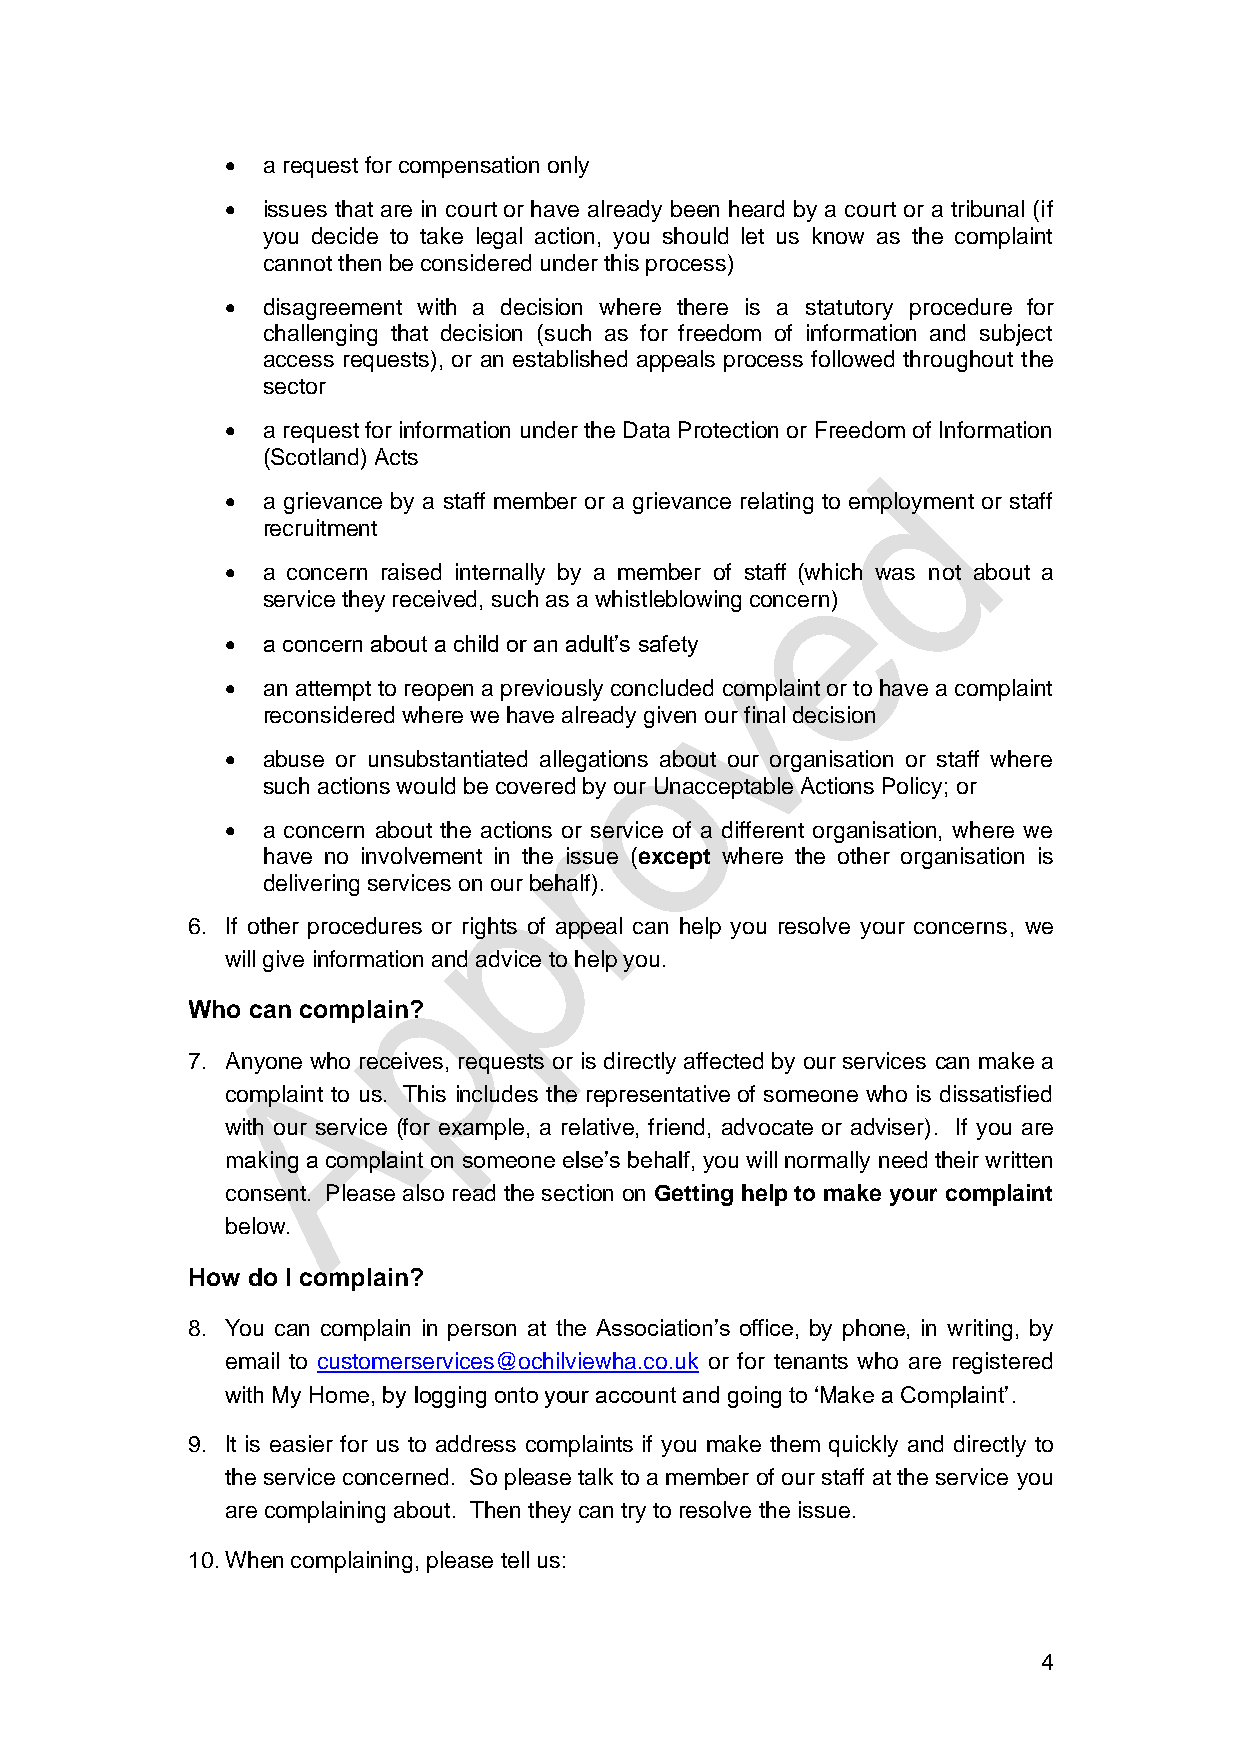
 a request for compensation only
  issues that are in court or have already been heard by a court or a tribunal (if
 you decide to take legal action, you should let us know as the complaint
 cannot then be considered under this process)
  disagreement with a decision where there is a statutory procedure for
 challenging that decision (such as for freedom of information and subject
 access requests), or an established appeals process followed throughout the
 sector
  a request for information under the Data Protection or Freedom of Information
 (Scotland) Acts
  a grievance by a staff member or a grievance relating to employment or staff
 recruitment
  a concern raised internally by a member of staff (which was not about a
 service they received, such as a whistleblowing concern)
  a concern about a child or an adult’s safety
  an attempt to reopen a previously concluded complaint or to have a complaint
 reconsidered where we have already given our final decision
  abuse or unsubstantiated allegations about our organisation or staff where
 such actions would be covered by our Unacceptable Actions Policy; or
  a concern about the actions or service of a different organisation, where we
 have no involvement in the issue (except where the other organisation is
 delivering services on our behalf).
 6. If other procedures or rights of appeal can help you resolve your concerns, we
 will give information and advice to help you.
 Who can complain?
 7. Anyone who receives, requests or is directly affected by our services can make a
 complaint to us. This includes the representative of someone who is dissatisfied
 with our service (for example, a relative, friend, advocate or adviser). If you are
 making a complaint on someone else’s behalf, you will normally need their written
 consent. Please also read the section on Getting help to make your complaint
 below.
 How do I complain?
 8. You can complain in person at the Association’s office, by phone, in writing, by
 email to customerservices@ochilviewha.co.uk or for tenants who are registered
 with My Home, by logging onto your account and going to ‘Make a Complaint’.
 9. It is easier for us to address complaints if you make them quickly and directly to
 the service concerned. So please talk to a member of our staff at the service you
 are complaining about. Then they can try to resolve the issue.
 10. When complaining, please tell us:
 4